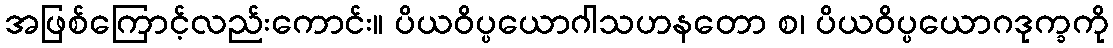
အဖြစ်ကြောင့်လည်းကောင်း။ ပိယဝိပ္ပယောဂါသဟနတော စ၊ ပိယဝိပ္ပယောဂဒုက္ခကို